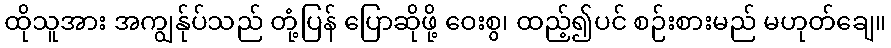
ထိုသူအား အကျွန်ုပ်သည် တုံ့ပြန် ပြောဆိုဖို့ ဝေးစွ၊ ထည့်၍ပင် စဉ်းစားမည် မဟုတ်ချေ။